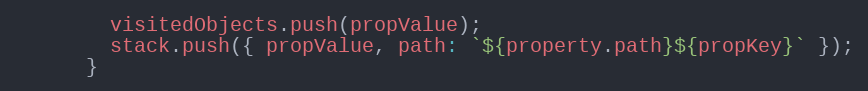
Language: JavaScript
        visitedObjects.push(propValue);
        stack.push({ propValue, path: `${property.path}${propKey}` });
      }